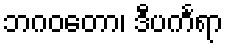
ဘဂဝတော၊ ဒီပင်္ကရာ